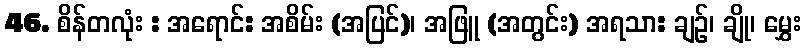
46. စိန်တလုံး : အရောင်: အစိမ်း (အပြင်)၊ အဖြူ (အတွင်း) အရသာ: ချဉ်၊ ချို၊ မွှေး